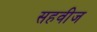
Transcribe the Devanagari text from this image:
सहवीज